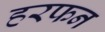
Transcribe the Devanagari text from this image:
हरफन